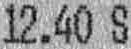
12.40 S